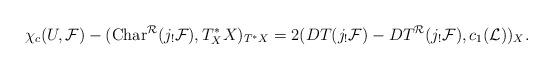
LaTeX: \begin{align*}\chi_c(U,{\cal F})-({\rm Char}^{\cal R}(j_!{\cal F}),T^*_XX)_{T^*X}=2(DT(j_!{\cal F})-DT^{\cal R}(j_!{\cal F}),c_1({\cal L}))_X.\end{align*}